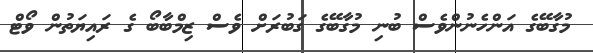
މުގާބޭގެ އަންހެނުންވެސް ބުނި މުގާބޭގެ ގަބުރަށް ވެސް ޒިމްބާބޯ ގެ ރައިޔަތުން ވޯޓް